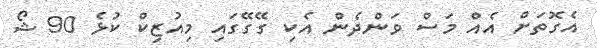
އެގޮތަށް އެއް މަސް ވަންދެން އެކި ގޭގޭގައި މިއުޒިކް ކުޅެ 90 ޝޯ